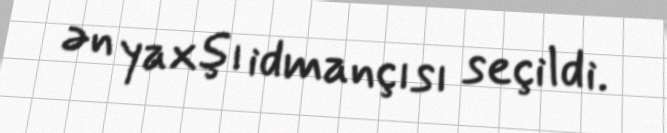
ən yaxşı idmançısı seçildi.